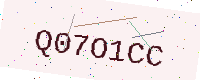
Text: Q07O1CC